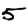
Digit: 5